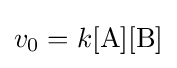
v_{0}=k[{\ce {A}}][{\ce {B}}]